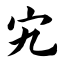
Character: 宄